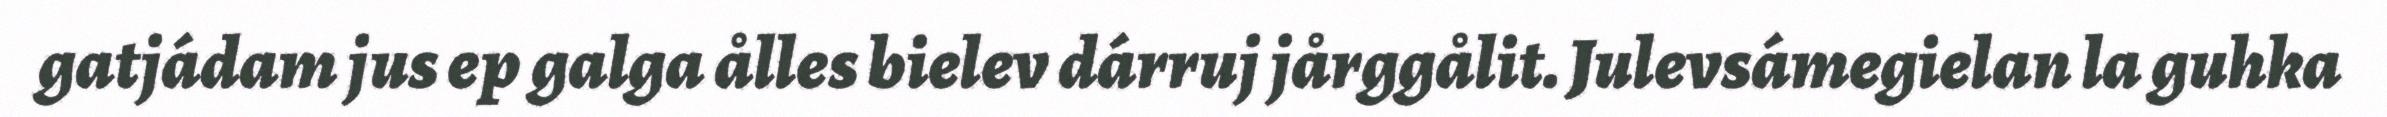
gatjádam jus ep galga ålles bielev dárruj jårggålit. Julevsámegielan la guhka